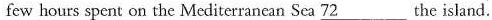
few hours spent on the Mediterranean Sea \underline{72} the island.